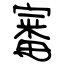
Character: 審